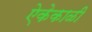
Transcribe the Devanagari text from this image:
ऐकेकाळी